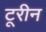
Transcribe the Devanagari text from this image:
टूरीन